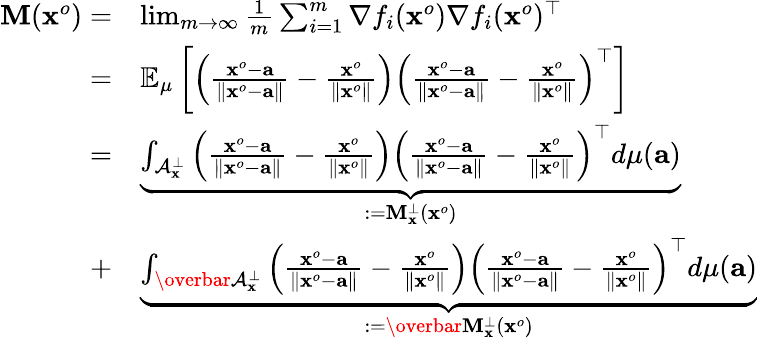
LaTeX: \begin{array}{rl}{{\mathbf M}({\mathbf x}^{o})=}&{\operatorname*{lim}_{m\rightarrow\infty}\frac{1}{m}\sum_{i=1}^{m}\nabla f_{i}({\mathbf x}^{o})\nabla f_{i}({\mathbf x}^{o})^{\top}}\\ {=}&{\mathbb E_{\mu}\left[\left(\frac{{\mathbf x}^{o}-{\mathbf a}}{\| {\mathbf x}^{o}-{\mathbf a}\| }-\frac{{\mathbf x}^{o}}{\| {\mathbf x}^{o}\| }\right)\left(\frac{{\mathbf x}^{o}-{\mathbf a}}{\| {\mathbf x}^{o}-{\mathbf a}\| }-\frac{{\mathbf x}^{o}}{\| {\mathbf x}^{o}\| }\right)^{\top}\right]}\\ {=}&{\underbrace{\int_{\mathcal A_{\mathbf x}^{\perp}}\left(\frac{{\mathbf x}^{o}-{\mathbf a}}{\| {\mathbf x}^{o}-{\mathbf a}\| }-\frac{{\mathbf x}^{o}}{\| {\mathbf x}^{o}\| }\right)\left(\frac{{\mathbf x}^{o}-{\mathbf a}}{\| {\mathbf x}^{o}-{\mathbf a}\| }-\frac{{\mathbf x}^{o}}{\| {\mathbf x}^{o}\| }\right)^{\top}d\mu({\mathbf a})}_{:={\mathbf M}_{\mathbf x}^{\perp}({\mathbf x}^{o})}}\\ {+}&{\underbrace{\int_{\overbar{{\mathcal A}_{\mathbf x}^{\perp}}}\left(\frac{{\mathbf x}^{o}-{\mathbf a}}{\| {\mathbf x}^{o}-{\mathbf a}\| }-\frac{{\mathbf x}^{o}}{\| {\mathbf x}^{o}\| }\right)\left(\frac{{\mathbf x}^{o}-{\mathbf a}}{\| {\mathbf x}^{o}-{\mathbf a}\| }-\frac{{\mathbf x}^{o}}{\| {\mathbf x}^{o}\| }\right)^{\top}d\mu({\mathbf a})}_{:=\overbar{{{\mathbf M}}_{\mathbf x}^{\perp}}({\mathbf x}^{o})}}\end{array}